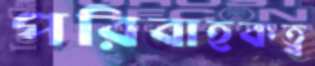
পরিবাহকত্ব